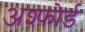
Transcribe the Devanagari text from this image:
अश्फोर्ड